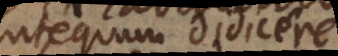
antequam didicere